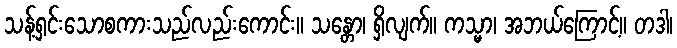
သန့်ရှင်းသောစကားသည်လည်းကောင်း။ သန္တော၊ ရှိလျက်။ ကသ္မာ၊ အဘယ်ကြောင့်။ တဒါ၊